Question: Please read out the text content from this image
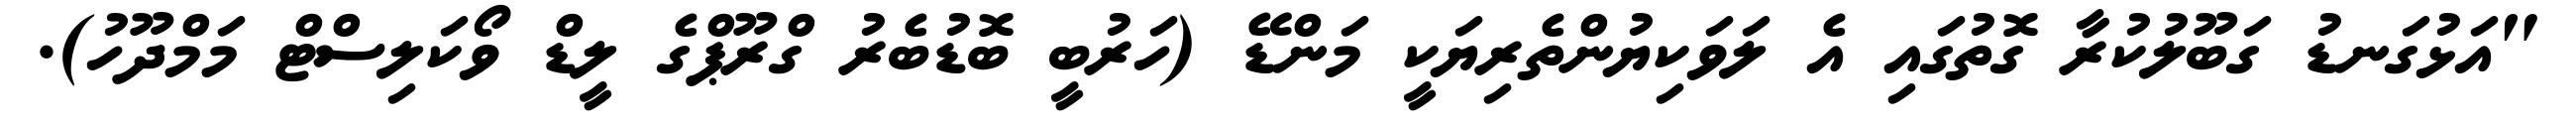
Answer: "އަޅުގަނޑު ގަބޫލުކުރާ ގޮތުގައި އެ ލަވަކިޔުންތެރިޔަކީ މަންޑޭ (ހަރުބީ ބޮޑުބެރު ގްރޫޕްގެ ލީޑް ވޯކަލިސްޓް މަމްދޫހު).